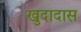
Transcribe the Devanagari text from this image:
खुदादास